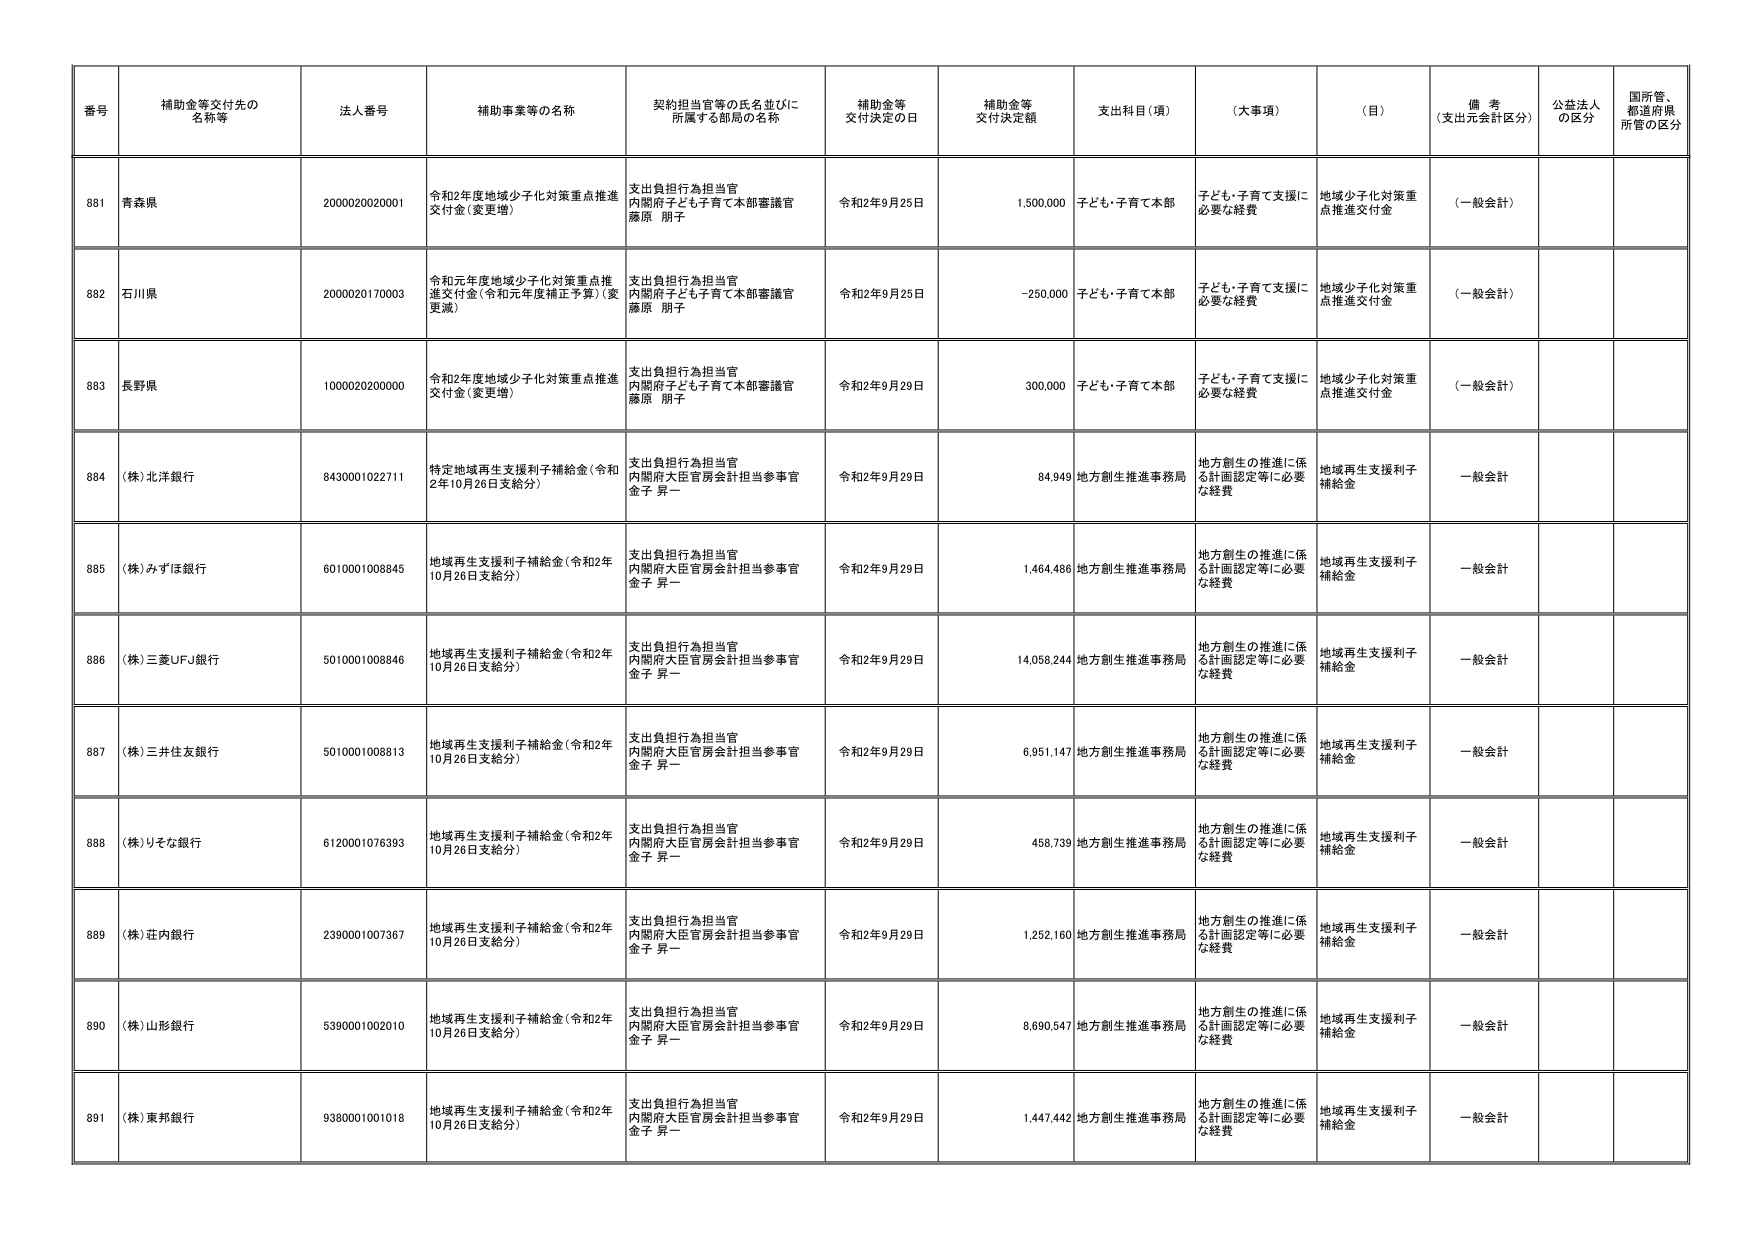
番号 補助金等交付先の名称等 法人番号 補助事業等の名称 契約担当官等の氏名並びに所属する部局の名称 補助金等交付決定の日 補助金等交付決定額 支出科目（項） （大事項） （目） 備考（支出元会計区分） 公益法人の区分 国所管、都道府県所管の区分

881 青森県 2000020020001 令和2年度地域少子化対策重点推進交付金（変更増） 支出負担行為担当官 内閣府子ども子育て本部審議官 藤原 朋子 令和2年9月25日 1,500,000 子ども・子育て本部 子ども・子育て支援に必要な経費 地域少子化対策重点推進交付金 （一般会計）

882 石川県 2000020170003 令和元年度地域少子化対策重点推進交付金（令和元年度補正予算）（変更減） 支出負担行為担当官 内閣府子ども子育て本部審議官 藤原 朋子 令和2年9月25日 -250,000 子ども・子育て本部 子ども・子育て支援に必要な経費 地域少子化対策重点推進交付金 （一般会計）

883 長野県 1000020200000 令和2年度地域少子化対策重点推進交付金（変更増） 支出負担行為担当官 内閣府子ども子育て本部審議官 藤原 朋子 令和2年9月29日 300,000 子ども・子育て本部 子ども・子育て支援に必要な経費 地域少子化対策重点推進交付金 （一般会計）

884 （株）北洋銀行 8430001022711 特定地域再生支援利子補給金（令和2年10月26日支給分） 支出負担行為担当官 内閣府大臣官房会計担当参事官 金子 昇一 令和2年9月29日 84,949 地方創生推進事務局 地方創生の推進に係る計画認定等に必要な経費 地域再生支援利子補給金 一般会計

885 （株）みずほ銀行 6010001008845 地域再生支援利子補給金（令和2年10月26日支給分） 支出負担行為担当官 内閣府大臣官房会計担当参事官 金子 昇一 令和2年9月29日 1,464,486 地方創生推進事務局 地方創生の推進に係る計画認定等に必要な経費 地域再生支援利子補給金 一般会計

886 （株）三菱UFJ銀行 5010001008846 地域再生支援利子補給金（令和2年10月26日支給分） 支出負担行為担当官 内閣府大臣官房会計担当参事官 金子 昇一 令和2年9月29日 14,058,244 地方創生推進事務局 地方創生の推進に係る計画認定等に必要な経費 地域再生支援利子補給金 一般会計

887 （株）三井住友銀行 5010001008813 地域再生支援利子補給金（令和2年10月26日支給分） 支出負担行為担当官 内閣府大臣官房会計担当参事官 金子 昇一 令和2年9月29日 6,951,147 地方創生推進事務局 地方創生の推進に係る計画認定等に必要な経費 地域再生支援利子補給金 一般会計

888 （株）りそな銀行 6120001076393 地域再生支援利子補給金（令和2年10月26日支給分） 支出負担行為担当官 内閣府大臣官房会計担当参事官 金子 昇一 令和2年9月29日 458,739 地方創生推進事務局 地方創生の推進に係る計画認定等に必要な経費 地域再生支援利子補給金 一般会計

889 （株）荘内銀行 2390001007367 地域再生支援利子補給金（令和2年10月26日支給分） 支出負担行為担当官 内閣府大臣官房会計担当参事官 金子 昇一 令和2年9月29日 1,252,160 地方創生推進事務局 地方創生の推進に係る計画認定等に必要な経費 地域再生支援利子補給金 一般会計

890 （株）山形銀行 5390001002010 地域再生支援利子補給金（令和2年10月26日支給分） 支出負担行為担当官 内閣府大臣官房会計担当参事官 金子 昇一 令和2年9月29日 8,690,547 地方創生推進事務局 地方創生の推進に係る計画認定等に必要な経費 地域再生支援利子補給金 一般会計

891 （株）東邦銀行 9380001001018 地域再生支援利子補給金（令和2年10月26日支給分） 支出負担行為担当官 内閣府大臣官房会計担当参事官 金子 昇一 令和2年9月29日 1,447,442 地方創生推進事務局 地方創生の推進に係る計画認定等に必要な経費 地域再生支援利子補給金 一般会計